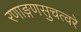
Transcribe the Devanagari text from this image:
रणाङ्गणसुचत्वरे